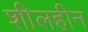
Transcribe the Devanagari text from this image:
शीलहीन